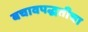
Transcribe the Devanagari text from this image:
बचावपद्धतीचा